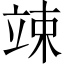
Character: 竦